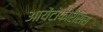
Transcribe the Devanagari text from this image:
आयेंटोफोरैसिस